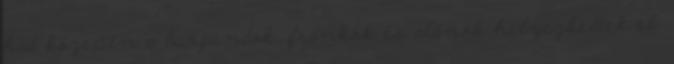
had közepén a burgundok, frankok és alánok helyezkedtek el.